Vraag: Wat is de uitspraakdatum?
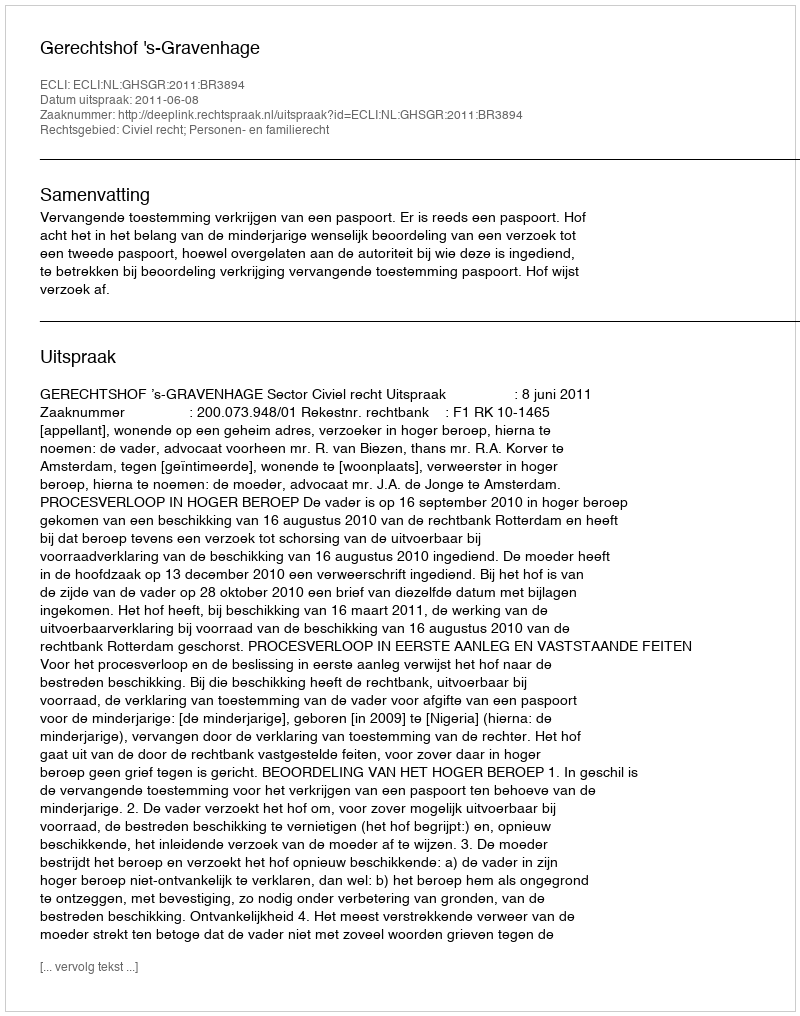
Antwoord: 2011-06-08